Vaccination North-Western Provinces and Oudh 1896-1901 - 1896-1901
Year: 1896
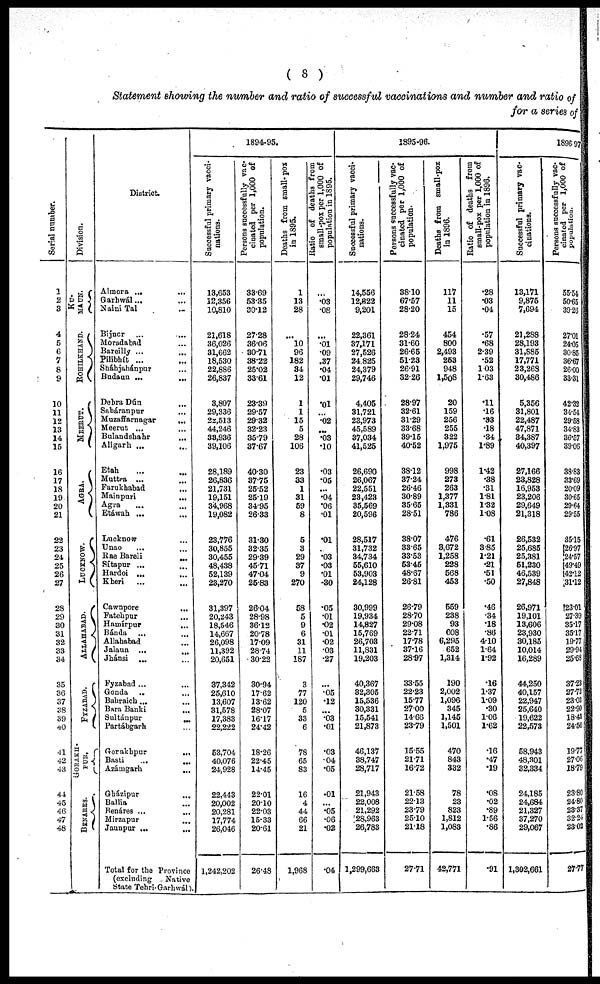
( 8 )
Statement showing the number and ratio of successful vaccinations and number and ratio of
for a series of
Serial number.
1
2
3
4
5
6
7
8
9
10
11
12
13
14
15
16
17
18
19
20
21
22
23
24
25
26
27
28
29
30
31
32
33
34
35
36
37
38
39
40
41
42
43
44
45
46
47
48
Division.
KU¬
MAUN.
ROHILKHAND.
MEERUT.
AGRA.
LUCKNOW.
ALLAHABAD.
FYZABAD.
GORAKH¬
PUR.
BENARES.
District.
Almora ... ...
Garhwál... ...
Naini Tal ...
Bijnor ...
...
Moradabad ...
Bareilly ... ...
Pilibhít ... ...
Sháhjahánpur ...
Budaun ... ...
Dehra Dún ...
Saháranpur ...
Muzaffarnagar
...
Meerut ...
...
Bulandshahr ...
Aligarh ...
...
Etah ... ...
Muttra ... ...
Farukhabad ...
Mainpuri
...
Agra ... ...
Etáwah ...
...
Lucknow ...
Unao ... ...
Rae Bareli
...
Sítapur ... ...
Hardoi ...
...
Kheri
... ...
Cawnpore ...
Fatehpur ...
Hamírpur
...
Bánda ... ...
Allahabad ...
Jalaun ... ...
Jhánsi ... ...
Fyzabad ... ...
Gonda ... ...
Bahraich ... ...
Bara Banki ...
Sultánpur
...
Partábgarh ...
Gorakhpur
...
Basti ... ...
Azámgarh
...
Gházipur ...
Ballia ...
Benáres ...
...
Mirzapur ...
Jaunpur ...
...
Total for the Province
(excluding
Native
State Tehri-Garhwál).
1894-95.
Successful primary vacci-
nations.
13,653
12,356
10,810
21,618
36,026
31,662
18,530
22,886
26,837
3,807
29,336
22,513
44,246
33,936
39,106
28,189
26,836
21,731
19,151
34,968
19,082
23,776
30,855
30,455
48,438
52,139
23,270
31,397
20,243
18,546
14,667
26,098
11,392
20,651
37,342
25,610
13,607
31,578
17,383
22,222
53,704
40,076
24,928
22,443
20,002
20,281
17,774
26,046
1,242,202
Persons successfully vac-
cinated per 1,000 of
population.
33.69
53.35
30.12
27.28
36.06
30.71
38.22
25.02
33.61
23.39
29.57
29.32
32.23
35.79
37.67
40.30
37.75
25.52
25.19
34.95
26.33
31.30
32.35
29.39
45.71
47.04
25.83
26.04
28.98
36.12
20.78
17.09
28.74
30.22
30.94
17.62
13.62
28.07
16.17
24.42
18.26
22.45
14.45
22.01
20.10
22.03
15.33
20.61
26.48
Deaths from small-pox
in 1895.
1
13
28
...
.10
96
182
34
12
1
1
15
5
28
106
23
33
1
31
59
8
5
3
29
37
9
270
58
5
9
6
31
11
187
3
77
120
5
33
6
78
65
83
16
4
44
66
21
1,968
Ratio or deaths from
smal1-pox per 1,000 of
population in 1895.
...
.03
.08
...
.01
.09
.37
.04
.01
.01
...
.02
...
.03
.10
.03
.05
...
.04
.06
.01
.01
...
.03
.03
.01
.30
.05
.01
.02
.01
.02
.03
.27
...
.05
.12
...
.03
.01
.03
.04
.05
.01
...
.05
.06
.02
.04
1895-96.
Successful primary vacci-
nations.
14,556
12,322
9,201
22,361
37,171
27,526
24,825
24,379
29,746
4,405
31,721
23,973
45,589
37,034
41,525
26,690
26,067
22,551
23,423
35,569
20,596
28,517
31,732
34,734
55,610
53,903
24,128
30,999
19,934
14,827
15,769
26,703
11,831
19,203
40,367
32,305
15,536
30,331
15,541
21,873
46,137
38,747
28,717
21,943
22,008
21,292
28,963
26,783
1,299,663
Persons successfully vac-
cinated per 1,000 of
population.
38.10
67.57
28.20
28.24
31.60
26.65
51.23
26.91
32.26
28.97
32.61
31.29
33.68
39.15
40.52
38.12
37.24
26.46
30.89
35.65
28.51
38.07
33.65
33.53
53.45
48.67
26.81
26.79
28.70
29.08
22.71
17.78
37.16
28.97
33.55
22.23
15.77
27.00
14.66
23.79
15.55
21.71
16.72
21.58
22.13
23.79
25.10
21.18
27.71
Deaths from small-pox
in 1896.
117
11
15
454
800
2,493
253
948
1,508
20
159
256
255
322
1,975
998
273
263
1,377
1,331
786
476
3,672
1,258
228
568
453
559
238
93
608
6,295
652
1,314
190
2,002
1,096
345
1,145
1,501
470
843
332
78
23
823
1,812
1,083
42,771
Ratio of deaths from
small-pox per 1,000 of
population in 1896.
.28
.03
.04
.57
.68
2.39
.52
1.03
1.63
.11
.16
.33
.18
.34
1.89
1.42
.38
.31
1.81
1.32
1.08
.61
3.85
1.21
.21
.51
.50
.46
.34
.18
.86
4.10
1.64
1.92
.16
1.37
1.09
.30
1.06
1.62
.16
.47
.19
.08
.02
.89
1.56
.86
.91
1896-97
Successful primary vac-
cinations.
13,171
9,875
7,694
21,288
28,193
31,885
17,771
23,268
30,486
5,356
31,801
22,487
47,871
34,387
40,397
27,166
23,828
16,953
23,206
29,649
21,318
26,532
25,685
25,381
51,230
46,539
27,848
26,971
19,101
13,606
23,930
30,185
10,014
16,289
44,250
40,157
22,947
25,640
19,622
22,573
58,943
48,301
32,334
24,185
24,684
21,327
37,270
29,067
1,302,661
Persons successfully vac-
cinated per 1,000 of
population.
55.54
50.65
39.26
27.01
24.05
30.85
36.67
26.00
33.31
42.32
34.54
29.58
34.83
36.57
39.06
38.83
33.69
20.09
30.65
29.64
29.55
35.15
26.97
24.57
49.49
42.12
31.12
23.01
27.39
35.17
35.17
19.77
29.94
25.68
37.23
27.72
23.03
22.90
18.43
24.50
19.77
27.06
18.79
23.80
24.80
23.37
32.24
23.02
27.77